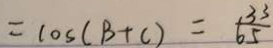
= \cos ( B + C ) = \frac { 3 3 } { 6 5 }